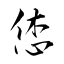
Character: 恷